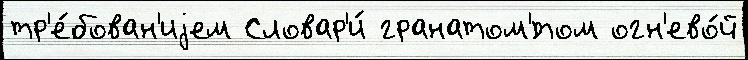
тр'е́бован'иjем Словар'и́ гранатом'́том огн'ево́й